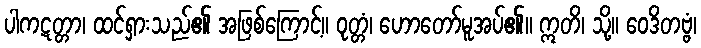
ပါကဋတ္တာ၊ ထင်ရှားသည်၏ အဖြစ်ကြောင့်။ ဝုတ္တံ၊ ဟောတော်မူအပ်၏။ ဣတိ၊ သို့။ ဝေဒိတဗ္ဗံ၊